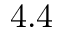
4 . 4